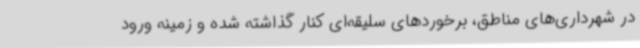
در شهرداری‌های مناطق، برخوردهای سلیقه‌ای کنار گذاشته شده و زمینه ورود